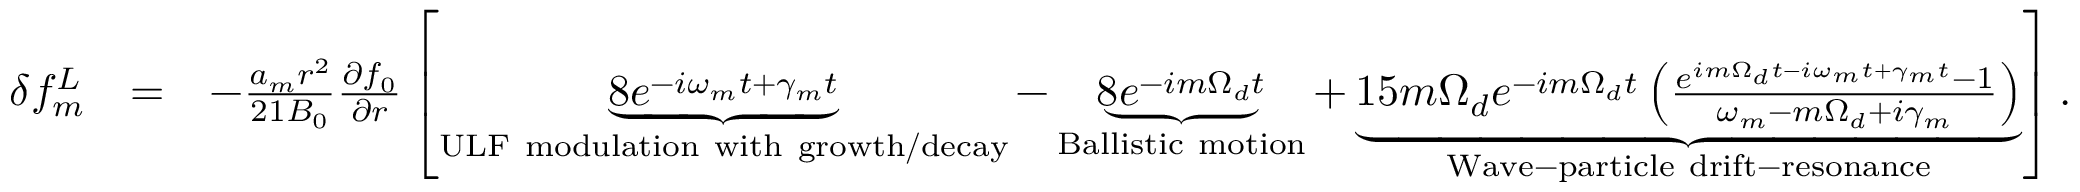
\begin{array} { r l r } { \delta f _ { m } ^ { L } } & { = } & { - \frac { a _ { m } r ^ { 2 } } { 2 1 B _ { 0 } } \frac { \partial f _ { 0 } } { \partial r } \left[ \underbrace { 8 e ^ { - i \omega _ { m } t + \gamma _ { m } t } } _ { \mathrm { U L F ~ m o d u l a t i o n ~ w i t h ~ g r o w t h / d e c a y } } - \underbrace { { 8 } e ^ { - i m \Omega _ { d } t } } _ { \mathrm { B a l l i s t i c ~ m o t i o n } } + \underbrace { 1 5 m \Omega _ { d } e ^ { - i m \Omega _ { d } t } \left( \frac { e ^ { i m \Omega _ { d } t - i \omega _ { m } t + \gamma _ { m } t } - 1 } { \omega _ { m } - m \Omega _ { d } + i \gamma _ { m } } \right) } _ { \mathrm { W a v e - p a r t i c l e ~ d r i f t - r e s o n a n c e } } \right] . } \end{array}